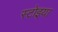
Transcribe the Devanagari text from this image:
स्टोइया